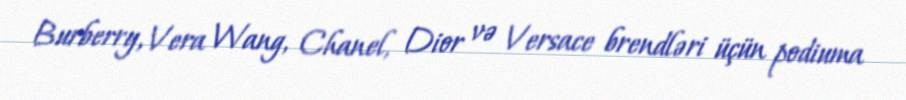
Burberry, Vera Wang, Chanel, Dior və Versace brendləri üçün podiuma